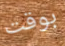
بوقت